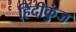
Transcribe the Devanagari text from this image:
हिंदीकुंज